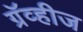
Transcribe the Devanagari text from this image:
ग्रॅव्हीज